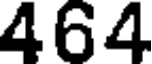
464